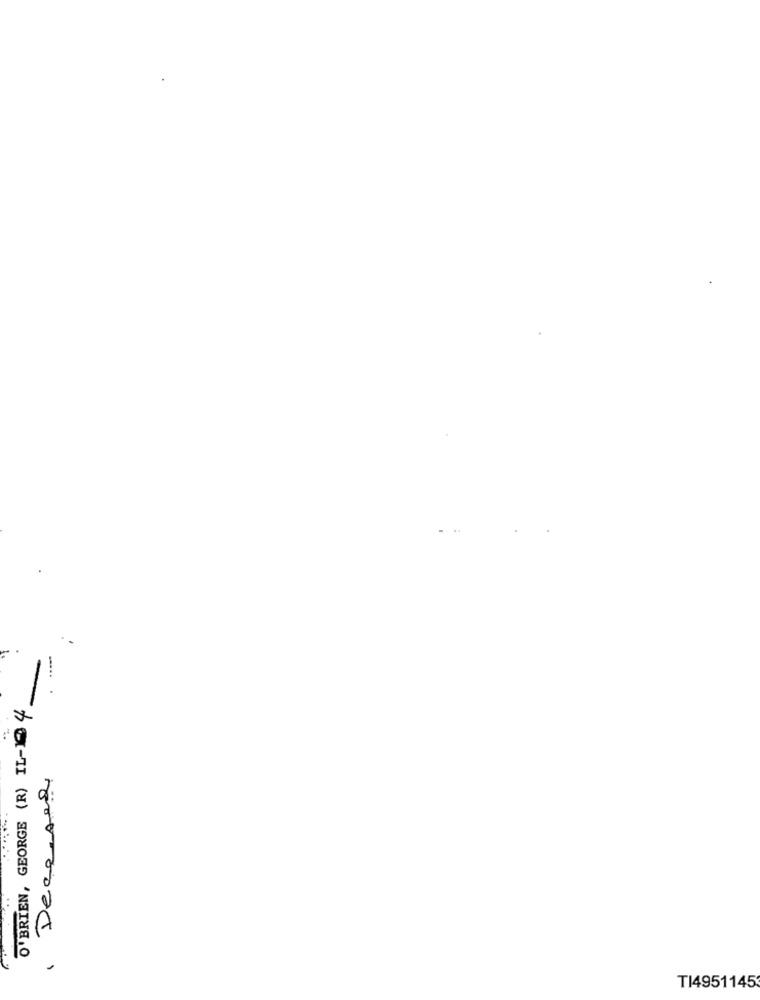
O'BRIEN, GEORGE (R) IL- 4
Deceased
T14951145